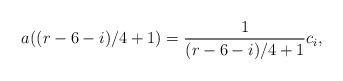
LaTeX: \begin{align*}a((r-6-i)/4+1)=\frac 1{(r-6-i)/4+1}c_i,\end{align*}